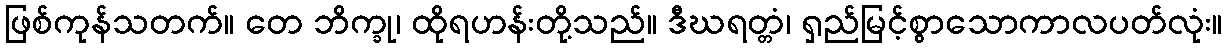
ဖြစ်ကုန်သတက်။ တေ ဘိက္ခု၊ ထိုရဟန်းတို့သည်။ ဒီဃရတ္တံ၊ ရှည်မြင့်စွာသောကာလပတ်လုံး။